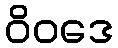
ဝိဝဒေ